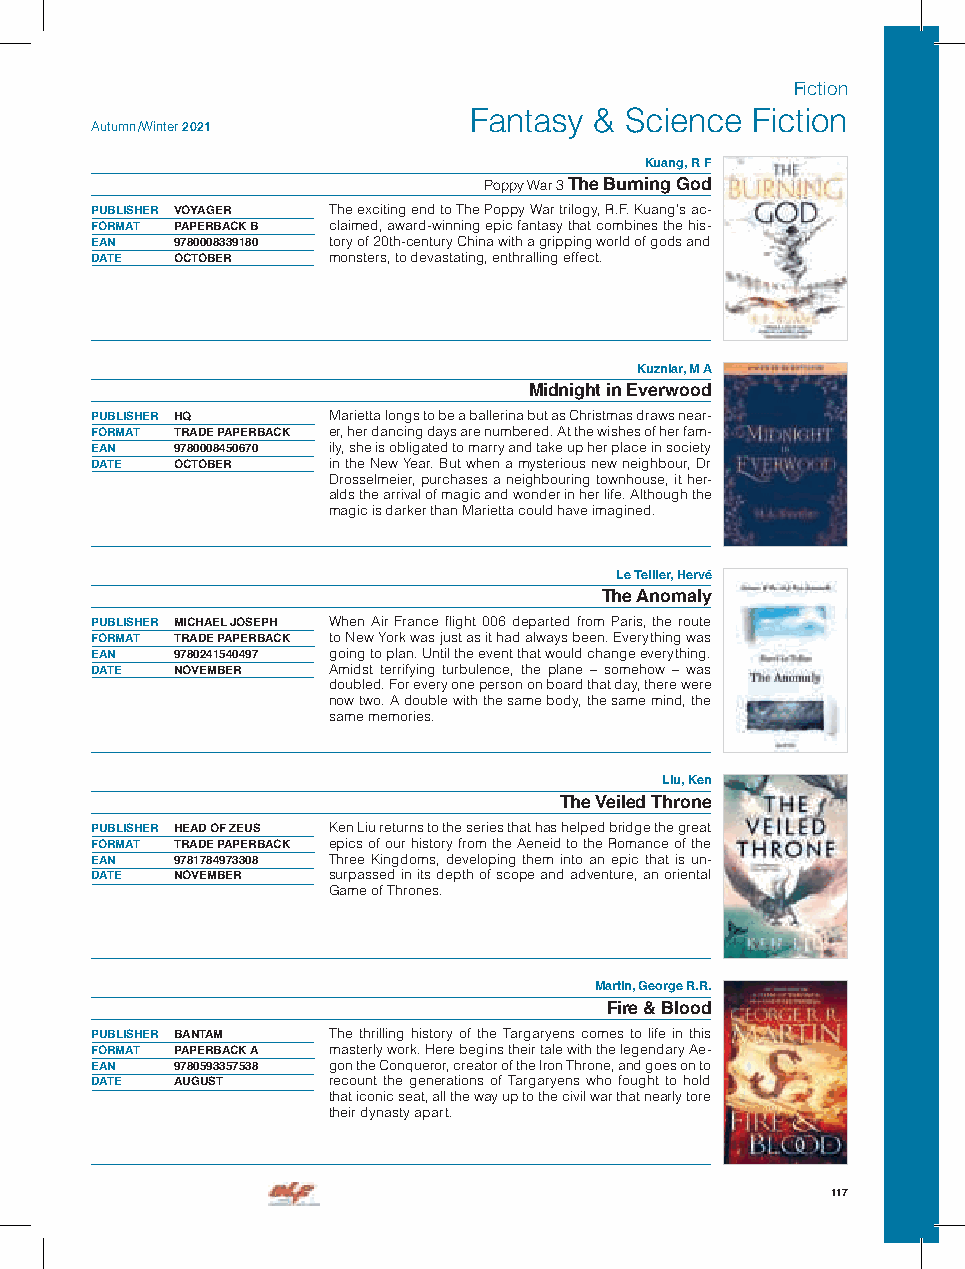
Fiction
 Fantasy & Science  Fiction
 Autumn /Winter 2021
 Kuang, R F
 Poppy War 3 The Burning God
 PUBLISHER VOYAGER The exciting end to The Poppy War trilogy, R.F. Kuang’s ac-
 FORMAT PAPERBACK B claimed, award-winning epic fantasy that combines the his-
 EAN  9780008339180 tory of 20th-century China with a gripping world of gods and
 DATE OCTOBER    monsters, to devastating, enthralling effect.
 Kuzniar, M A
 Midnight in Everwood
 PUBLISHER HQ    Marietta longs to be a ballerina but as Christmas draws near-
 FORMAT TRADE PAPERBACK er, her dancing days are numbered. At the wishes of her fam-
 EAN  9780008450670 ily, she is obligated to marry and take up her place in society
 DATE OCTOBER    in the New Year. But when a mysterious new neighbour, Dr
 Drosselmeier, purchases a neighbouring townhouse, it her-
 alds the arrival of magic and wonder in her life. Although the
 magic is darker than Marietta could have imagined.
 Le Tellier, Hervé
 The Anomaly
 PUBLISHER MICHAEL JOSEPH When Air France flight 006 departed from Paris, the route
 FORMAT TRADE PAPERBACK to New York was just as it had always been. Everything was
 EAN  9780241540497 going to plan. Until the event that would change everything.
 DATE NOVEMBER   Amidst terrifying turbulence, the plane – somehow – was
 doubled. For every one person on board that day, there were
 now two. A double with the same body, the same mind, the
 same memories.
 Liu, Ken
 The Veiled Throne
 PUBLISHER HEAD OF ZEUS Ken Liu returns to the series that has helped bridge the great
 FORMAT TRADE PAPERBACK epics of our history from the Aeneid to the Romance of the
 EAN  9781784973308 Three Kingdoms, developing them into an epic that is un-
 DATE NOVEMBER   surpassed in its depth of scope and adventure, an oriental
 Game of Thrones.
 Martin, George R.R.
 Fire & Blood
 PUBLISHER BANTAM The thrilling history of the Targaryens comes to life in this
 FORMAT PAPERBACK A masterly work. Here begins their tale with the legendary Ae-
 EAN  9780593357538 gon the Conqueror, creator of the Iron Throne, and goes on to
 DATE AUGUST     recount the generations of Targaryens who fought to hold
 that iconic seat, all the way up to the civil war that nearly tore
 their dynasty apart.
 117